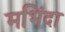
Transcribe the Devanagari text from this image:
मभिंदा